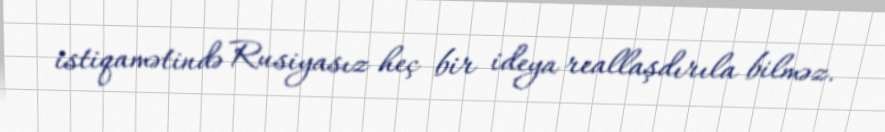
istiqamətində Rusiyasız heç bir ideya reallaşdırıla bilməz.